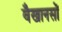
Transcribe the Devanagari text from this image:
वैखानसों